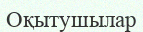
Оқытушылар